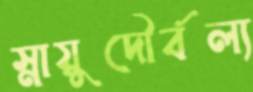
স্নায়ুদৌর্বল্য